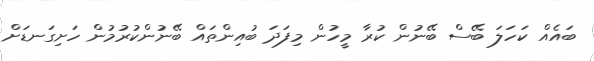
ބައެއް ކަހަލަ ބޭސް ބޭނުން ކުރާ މީހުން މިފަދަ ބުއިންތައް ބޭނުންކުރުމުން ހަށިގަނޑަށް